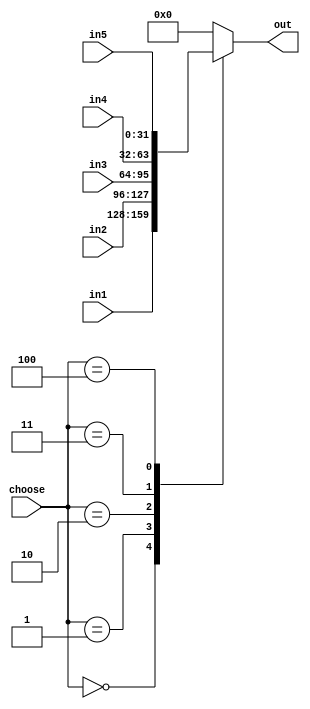
module select5_32(
input [31:0] in1,
input [31:0] in2,
input [31:0] in3,
input [31:0] in4,
input [31:0] in5,
input [2:0] choose,
output reg [31:0] out
);
always@(in1 or in2 or in3 or in4 or in5 or choose)
case(choose)
3'b000:out=in1;
3'b001:out=in2;
3'b010:out=in3;
3'b011:out=in4;
3'b100:out=in5;
default:out=32'b0;
endcase
endmodule